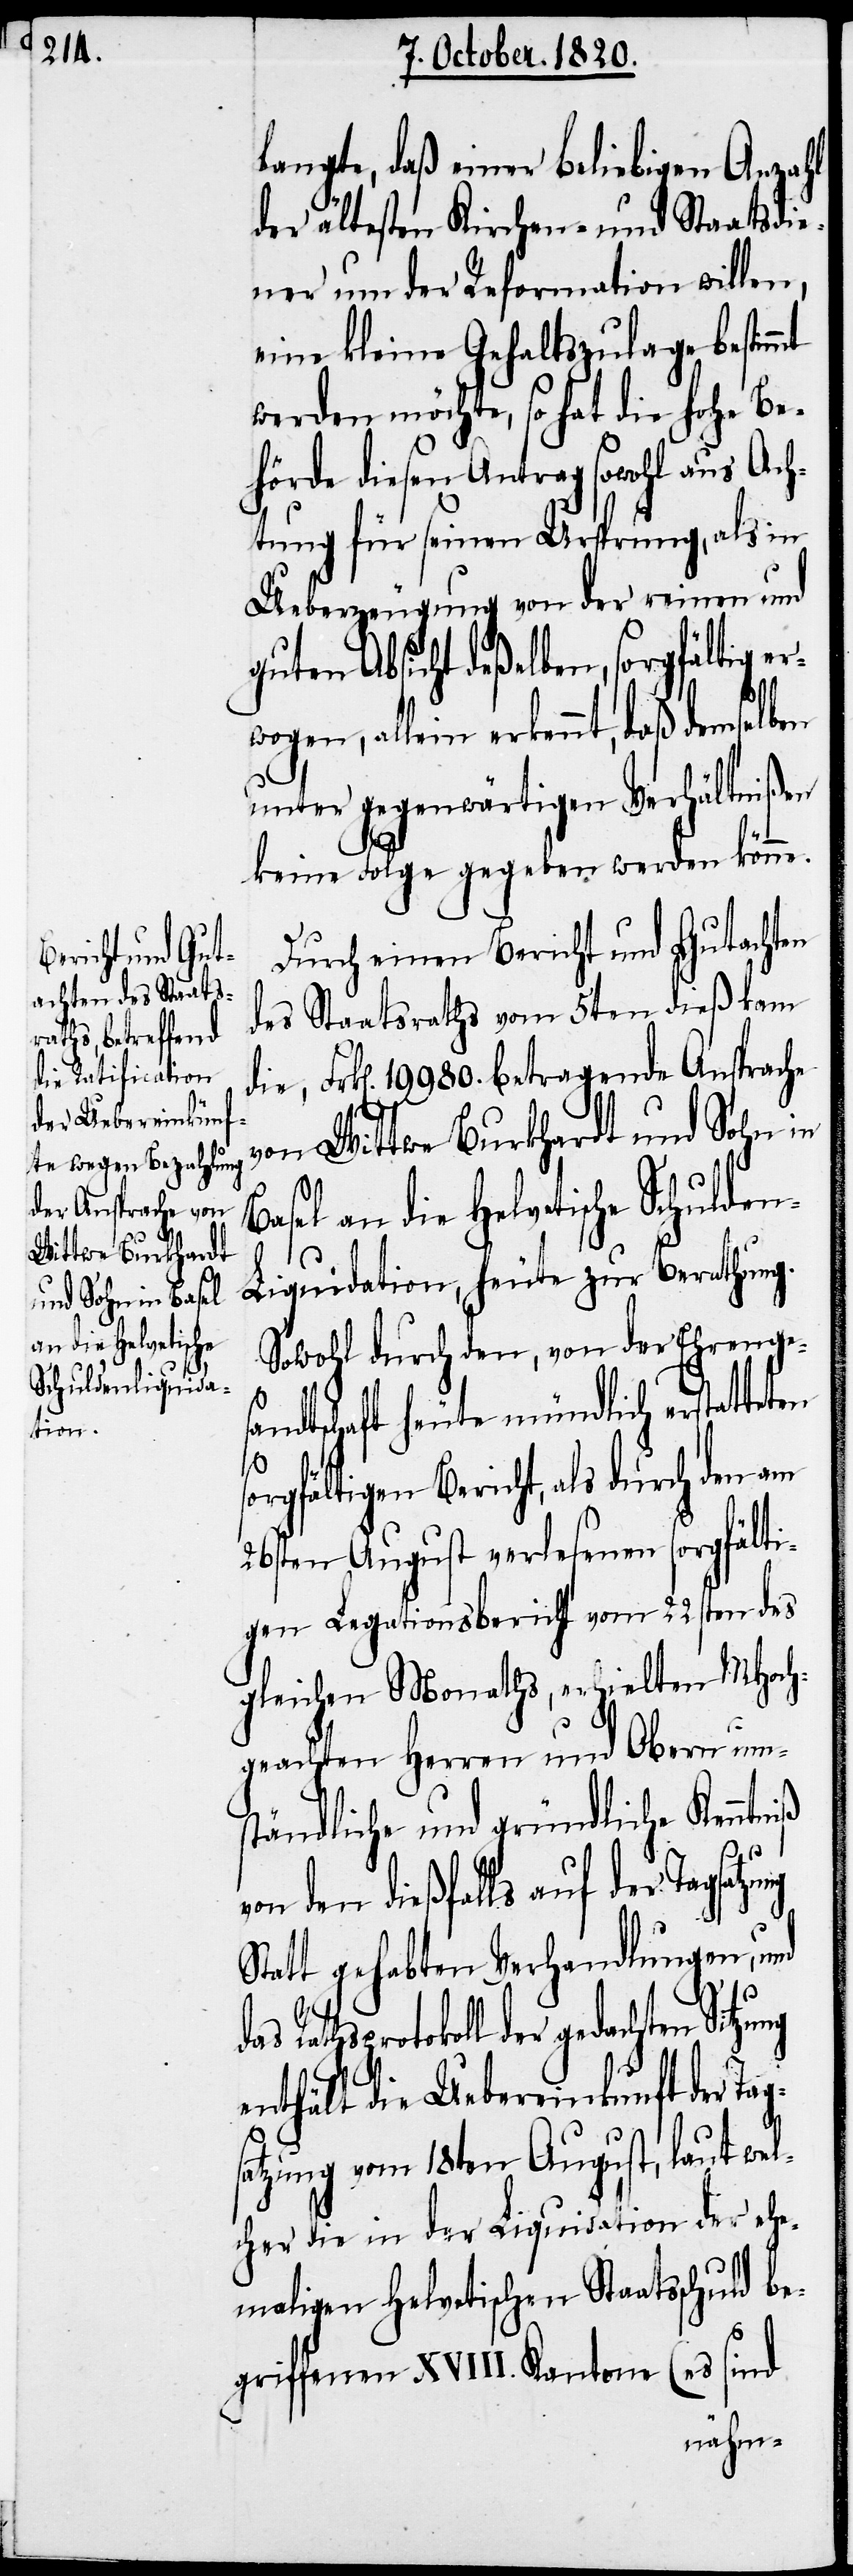
von

langte, daß einer beliebigen Anzahl
der ältesten Kirchen- und Staatsdie¬
ner um der Reformation willen,
eine kleine Gehaltszulage bestim¬
werden möchte, so hat die hohe Be¬
hörde diesen Antrag sowohl aus Ach¬
tung für seinen Ursprung, als in
Ueberzeugung von der reinen und
guten Absicht deßelben, sorgfältig er¬
wogen, allein erkennt, daß dem¬
unter gegenwärtigen Verhältnißen
keine Folge gegeben werden könne.
Durch einen Bericht und Gutachten
des Staatsraths vom 5ten dieß kam
Frk[en]. 19980. betragende Ansprache
von Wittwe Burkhardt und Sohn in
Basel an die Helvetische Schulde¬
n-Liquidation, heute zur Berathung.
Sowohl durch den, von der Ehrenges¬
andtschaft heute mündlich erstatteten
mt
sorgfältigen Bericht, als durch den am
26sten August verlesenen sorgfälti¬
gen Legationsbericht vom 22sten des
gleichen Monaths, erhielten MHoch¬
geachten Herren und Obern um¬
ständliche und gründliche Kenntniß
den dießfalls auf der Tagsa¬
Statt gehabten Verhandlungen, und
sprotokoll der gedachten Sitzung
enthält die Uebereinkunft der Ta¬
atzung vom 18ten August, laut wel¬
cher die in der Liquidation der ehe¬
maligen helvetischen Staatsschuld be¬
sind
griffenen XVIII. Kantone